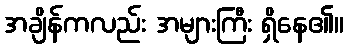
အချိန်ကလည်း အများကြီး ရှိနေ၏။